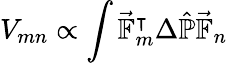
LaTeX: V_{mn}\propto\displaystyle\int\vec{\mathbb{F}}_{m}^{\intercal}\Delta\hat{\mathbb{P}}\vec{\mathbb{F}}_{n}